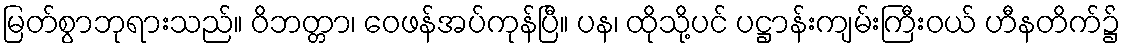
မြတ်စွာဘုရားသည်။ ဝိဘတ္တာ၊ ဝေဖန်အပ်ကုန်ပြီ။ ပန၊ ထိုသို့ပင် ပဋ္ဌာန်းကျမ်းကြီးဝယ် ဟီနတိက်၌